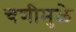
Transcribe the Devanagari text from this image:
चणीमुळे